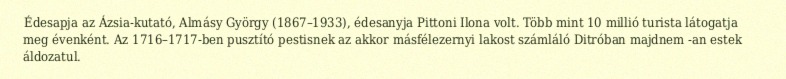
Édesapja az Ázsia-kutató, Almásy György (1867–1933), édesanyja Pittoni Ilona volt. Több mint 10 millió turista látogatja meg évenként. Az 1716–1717-ben pusztító pestisnek az akkor másfélezernyi lakost számláló Ditróban majdnem -an estek áldozatul.